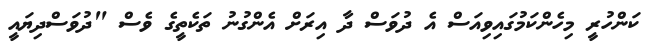
ކަންހުރީ މިހެންކަމުގައިވިއަސް އެ ދުވަސް ދާ އިރަށް އެންގުނު ތަކެތީގެ ވެސް "ދުވަސްދިޔައީ